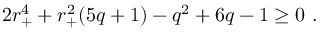
2 r _ { + } ^ { 4 } + r _ { + } ^ { 2 } ( 5 q + 1 ) - q ^ { 2 } + 6 q - 1 \ge 0 \ .